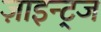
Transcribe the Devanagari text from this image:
ज़ाइन्ट्ज